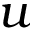
u